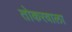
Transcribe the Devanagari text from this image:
तोकरवाला